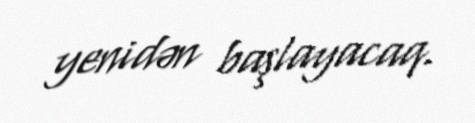
yenidən başlayacaq.